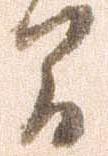
間